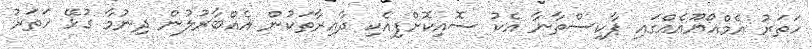
ހަތަރު އެމްއޯޔޫއެއްގައި ޕާކިސްތާނާ އެކު ސޮއިކޮށްފިއެކި ދާއިރާތަކުން އެއްބާރުލުން ދިނުމާ ގުޅޭ ހަތަރު